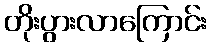
တိုးပွားလာကြောင်း